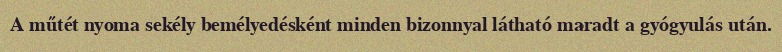
A műtét nyoma sekély bemélyedésként minden bizonnyal látható maradt a gyógyulás után.